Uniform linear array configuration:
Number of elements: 32
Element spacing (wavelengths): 0.75
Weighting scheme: binomial
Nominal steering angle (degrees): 30
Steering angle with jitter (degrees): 31.196
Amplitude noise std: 0.05
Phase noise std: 0.05

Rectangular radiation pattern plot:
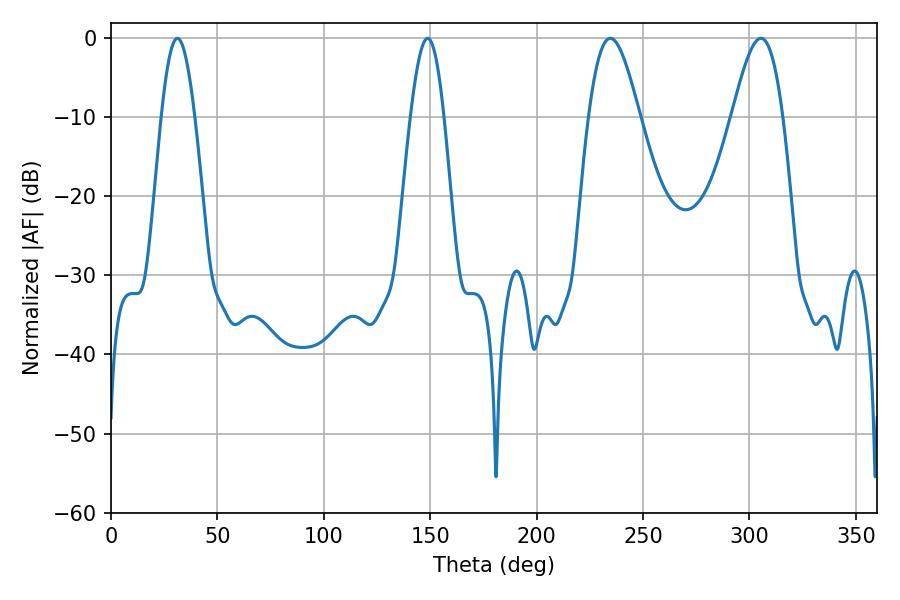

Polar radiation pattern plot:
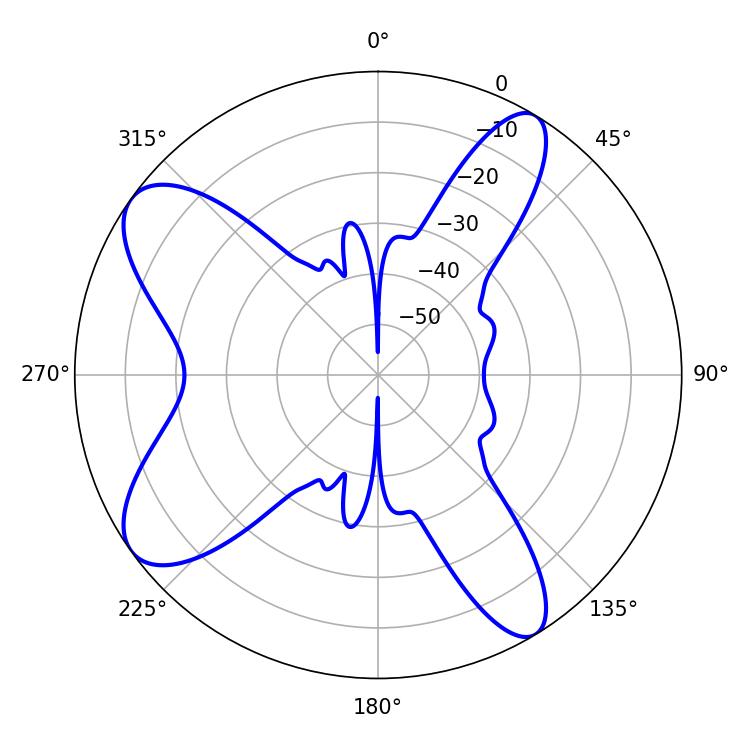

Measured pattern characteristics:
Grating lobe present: TRUE
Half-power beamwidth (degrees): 12.78
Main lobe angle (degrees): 234.54